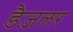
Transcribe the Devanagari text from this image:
डैज़लर